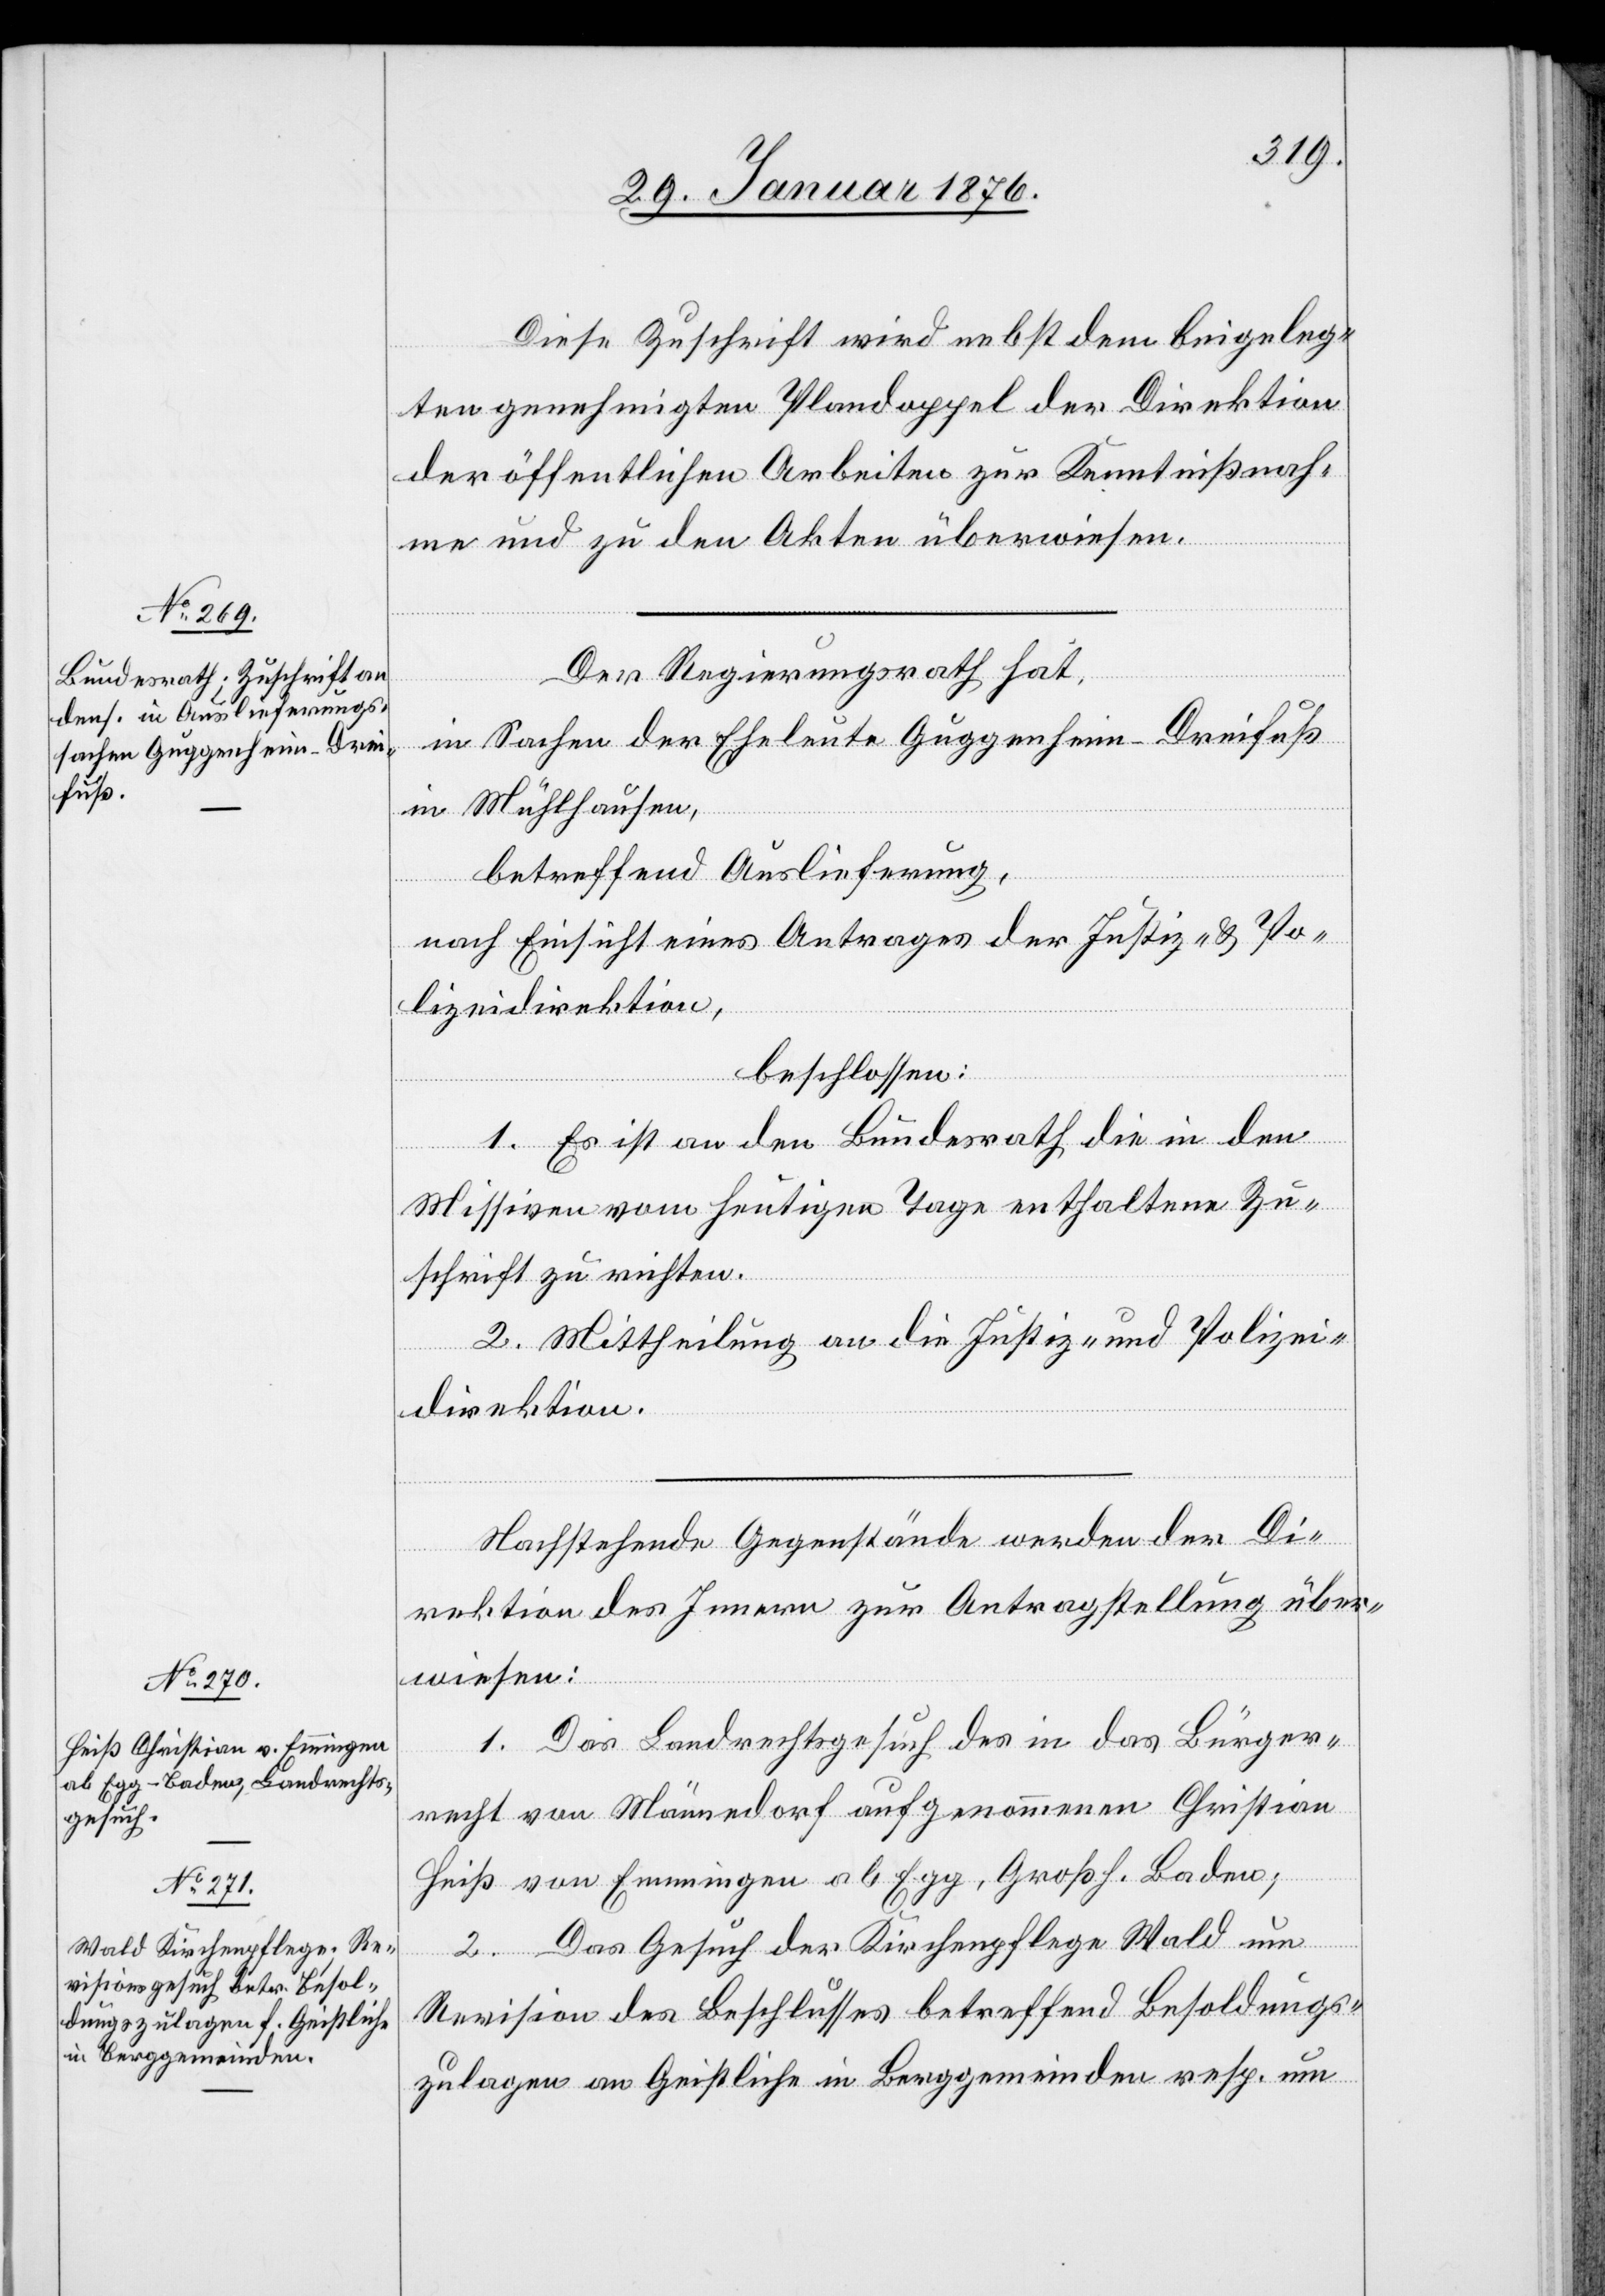
Diese Zuschrift wird nebst dem beigeleg¬
ten genehmigten Plandoppel der Direktion
der öffentlichen Arbeiten zur Kenntnißnah¬
me und zu den Akten überwiesen.
Der Regierungsrath hat,
in Sachen der Eheleute Guggenheim-Dreifuß
in Mühlhausen,
betreffend Auslieferung,
nach Einsicht eines Antrages der Justiz- & Po¬
lizeidirektion,
beschlossen:
1. Es ist an den Bundesrath die in den
Missiven vom heutigen Tage enthaltene Zu¬
Februar
schrift zu richten.
2. Mittheilung an die Justiz- und Polizei¬
direktion.
Nachstehende Gegenstände werden der Di¬
rektion des Innern zur Antragstellung über¬
wiesen:
1. Das Landrechtsgesuch des in das Bürger¬
recht von Männedorf aufgenommene Christian
Heiß von Emmingen ab Egg, Großh. Baden;
2. Das Gesuch der Kirchenpflege Wald um
Revision des Beschlusses betreffend Besoldungs¬
zulagen an Geistliche in Berggemeinden resp um